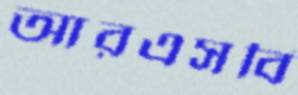
আরএসবি